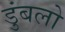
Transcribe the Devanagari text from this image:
डुंबलो